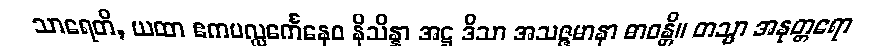
သာရေတိ, ယထာ ဧကပလ္လင်္ကေနေဝ နိသိန္နာ အဋ္ဌ ဒိသာ အသဇ္ဇမာနာ ဓာဝန္တိ။ တသ္မာ အနုတ္တရော